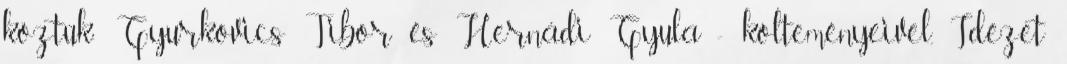
köztük: Gyurkovics Tibor és Herná­di Gyula - költeményeivel. Idézet